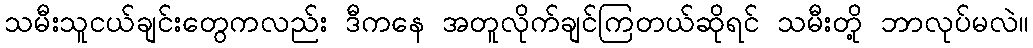
သမီးသူငယ်ချင်းတွေကလည်း ဒီကနေ အတူလိုက်ချင်ကြတယ်ဆိုရင် သမီးတို့ ဘာလုပ်မလဲ။